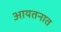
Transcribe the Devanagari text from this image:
आयतनात